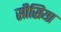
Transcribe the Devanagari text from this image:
सीसिया